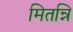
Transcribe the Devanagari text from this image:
मितन्नि